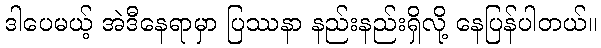
ဒါပေမယ့် အဲဒီနေရာမှာ ပြဿနာ နည်းနည်းရှိလို့ နေပြန်ပါတယ်။